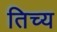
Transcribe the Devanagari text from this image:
तिच्य